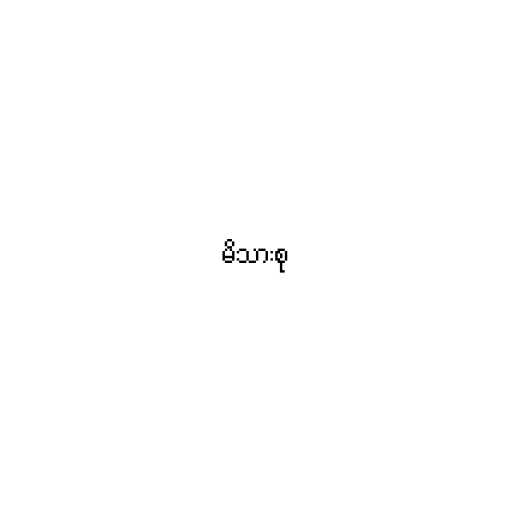
မိသားစု